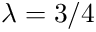
\lambda = 3 / 4